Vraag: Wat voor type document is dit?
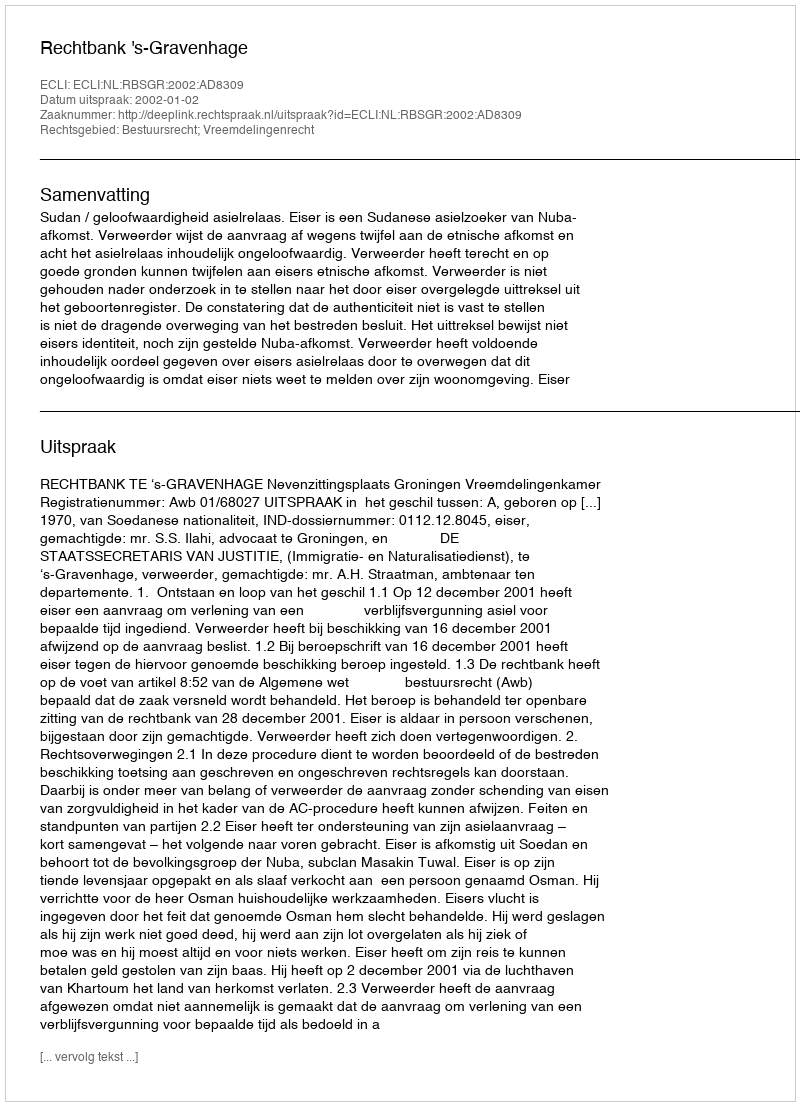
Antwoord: Uitspraak